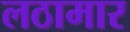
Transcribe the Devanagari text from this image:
लठामार